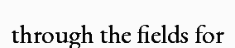
through the fields for